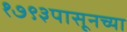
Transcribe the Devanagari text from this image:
१७९३पासूनच्या